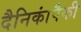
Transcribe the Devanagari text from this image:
दैनिकांपैकी